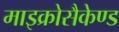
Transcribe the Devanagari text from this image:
माइक्रोसैकेण्ड